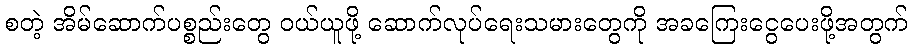
စတဲ့ အိမ်ဆောက်ပစ္စည်းတွေ ဝယ်ယူဖို့ ဆောက်လုပ်ရေးသမားတွေကို အခကြေးငွေပေးဖို့အတွက်